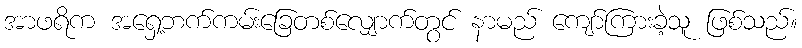
အာဖရိက အရှေ့ဘက်ကမ်းခြေတစ်လျှောက်တွင် နာမည် ကျော်ကြားခဲ့သူ ဖြစ်သည်။